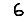
Digit: 6